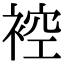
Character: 𧚬